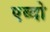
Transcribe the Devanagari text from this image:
एब्दो